Civil Veterinary Department Bengal reports 1923-33 - 1923-1933
Year: 1923
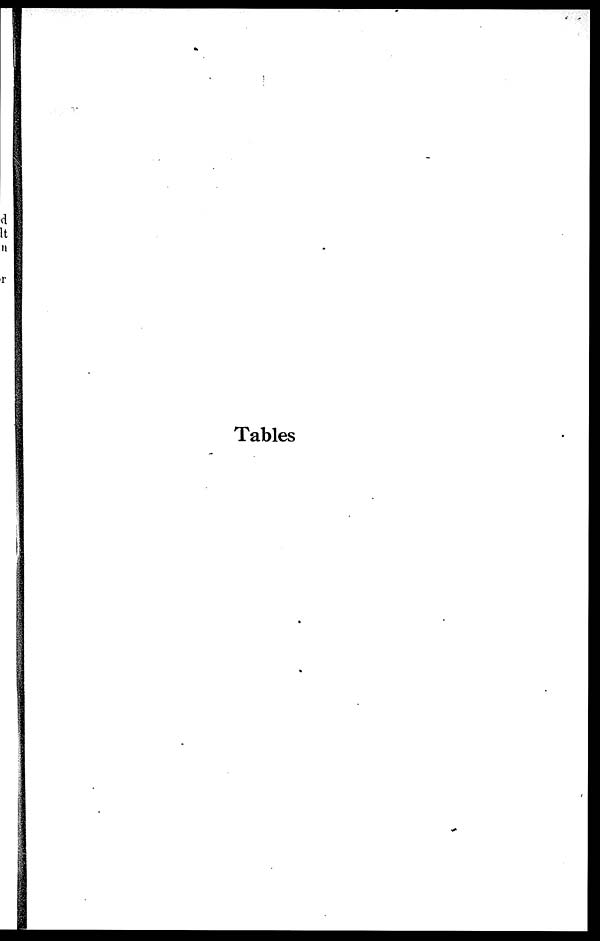
Tables